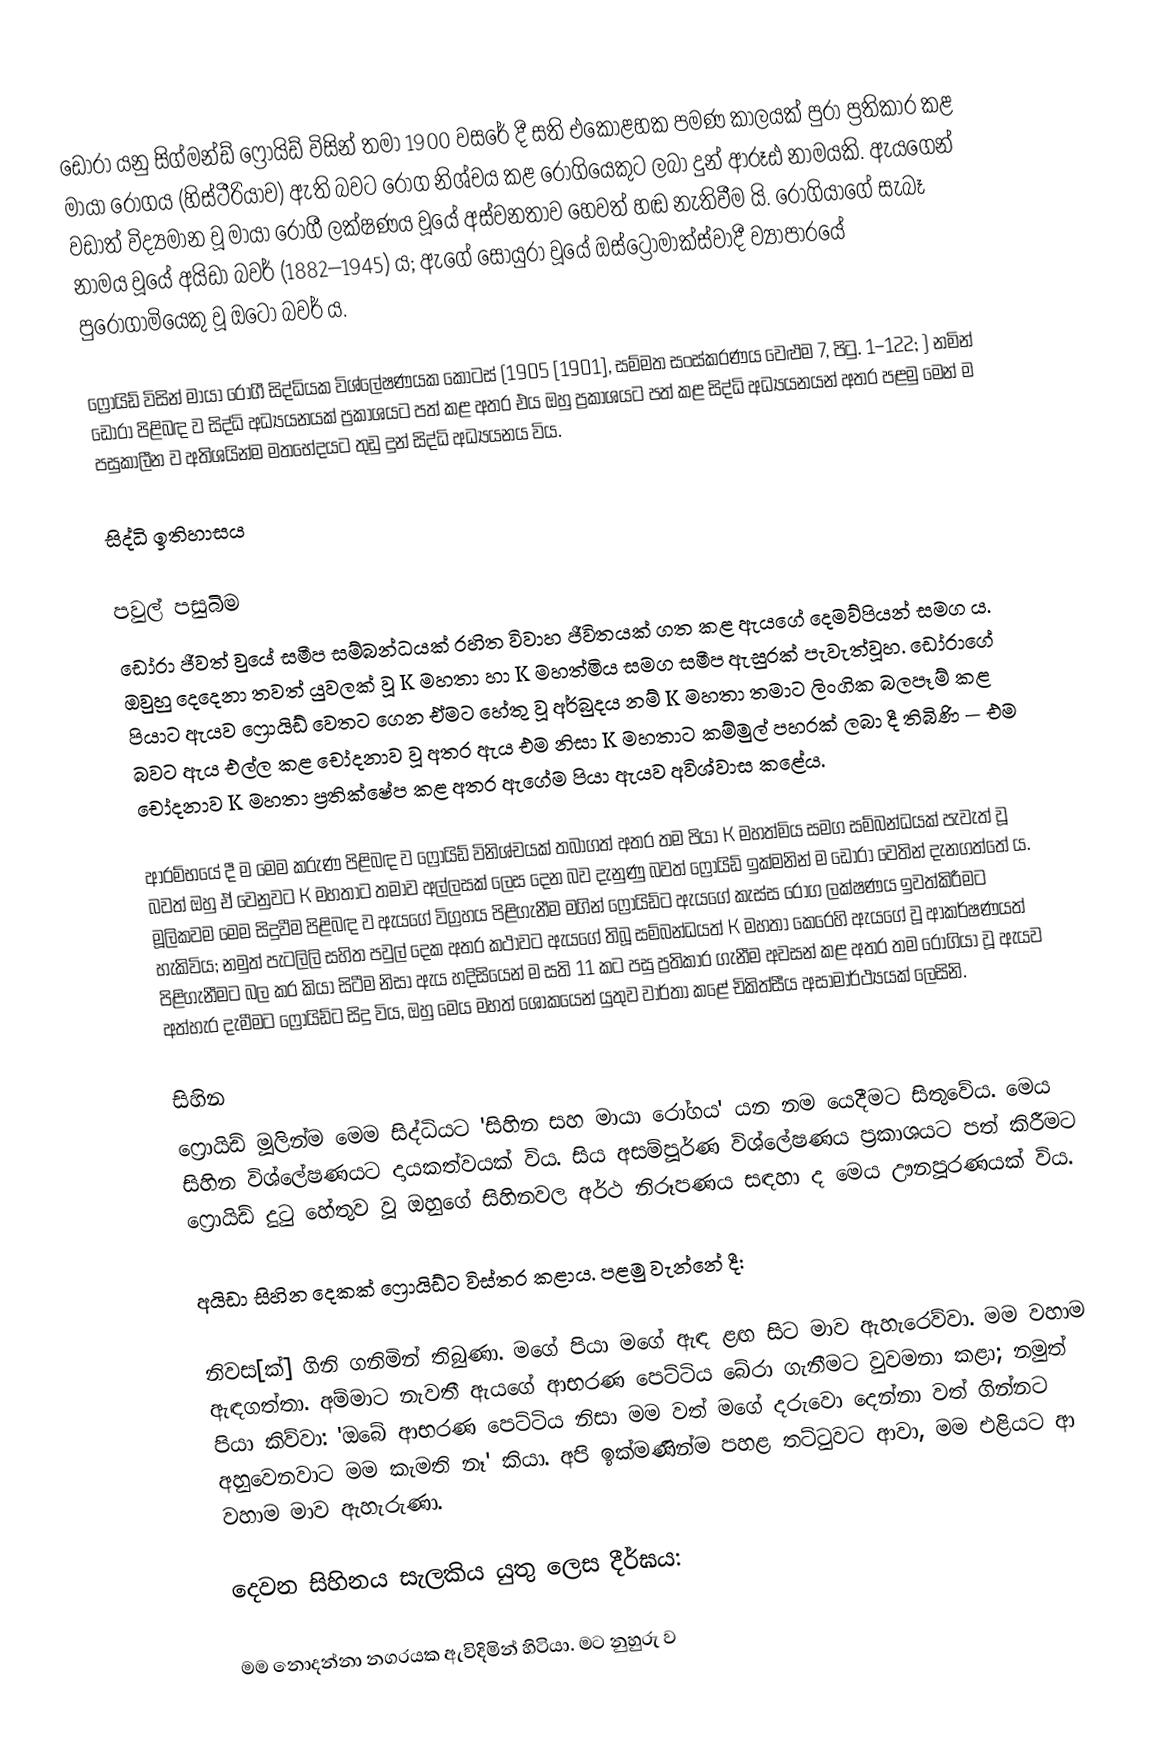
ඩෝරා යනු සිග්මන්ඩ් ෆ්‍රොයිඩ් විසින් තමා 1900 වසරේ දී සති එකොළහක පමණ කාලයක් පුරා ප්‍රතිකාර කළ මායා රෝගය (හිස්ටීරියාව) ඇති බවට රෝග නිශ්චය කළ රෝගියෙකුට ලබා දුන් ආරූඪ නාමයකි. ඇයගෙන් වඩාත් විද්‍යමාන වූ මායා රෝගී ලක්ෂණය වූයේ අස්වනතාව හෙවත් හඬ නැතිවීම යි.  රෝගියාගේ සැබෑ නාමය වූයේ අයිඩා බවර් (1882–1945) ය; ඇගේ සොයුරා වූයේ ඔස්ට්‍රොමාක්ස්වාදී ව්‍යාපාරයේ පුරෝගාමියෙකු වූ ඔටෝ බවර් ය.

ෆ්‍රොයිඩ් විසින්  මායා රෝගී සිද්ධියක විශ්ලේෂණයක කොටස් (1905 [1901], සම්මත සංස්කරණය වෙළුම 7, පිටු. 1–122; ) නමින් ඩෝරා පිළිබඳ ව සිද්ධි අධ්‍යයනයක් ප්‍රකාශයට පත් කළ අතර එය ඔහු ප්‍රකාශයට පත් කළ සිද්ධි අධ්‍යයනයන් අතර පළමු මෙන් ම පසුකාලීන ව අතිශයින්ම මතභේදයට තුඩු දුන් සිද්ධි අධ්‍යයනය විය.

සිද්ධි ඉතිහාසය

පවුල් පසුබිම
ඩෝරා ජීවත් වුයේ සමීප සම්බන්ධයක් රහිත විවාහ ජීවිතයක් ගත කළ ඇයගේ දෙමව්පියන් සමග ය. ඔවුහු දෙදෙනා තවත් යුවලක් වූ K මහතා හා K මහත්මිය සමග සමීප ඇසුරක් පැවැත්වූහ. ඩෝරාගේ පියාට ඇයව ෆ්‍රොයිඩ් වෙතට ගෙන ඒමට හේතු වූ අර්බුදය නම් K මහතා තමාට ලිංගික බලපෑම් කළ බවට ඇය එල්ල කළ චෝදනාව වූ අතර ඇය එම නිසා K මහතාට කම්මුල් පහරක් ලබා දී තිබිණි — එම චෝදනාව K මහතා ප්‍රතික්ෂේප කළ අතර ඇගේම පියා ඇයව අවිශ්වාස කළේය.

ආරම්භයේ දී ම මෙම කරුණ පිළිබඳ ව ෆ්‍රොයිඩ් විනිශ්චයක් තබාගත් අතර තම පියා K මහත්මිය සමග සම්බන්ධයක් පැවැත් වූ බවත් ඔහු ඒ වෙනුවට K මහතාට තමාව අල්ලසක් ලෙස දෙන බව දැනුණු බවත් ෆ්‍රොයිඩ් ඉක්මනින් ම ඩෝරා වෙතින් දැනගත්තේ ය. මූලිකවම මෙම සිදුවීම පිළිබඳ ව ඇයගේ විග්‍රහය පිළිගැනීම මගින් ෆ්‍රොයිඩ්ට ඇයගේ කැස්ස රෝග ලක්ෂණය ඉවත්කිරීමට හැකිවිය; නමුත් පැටලිලි සහිත පවුල් දෙක අතර කථාවට ඇයගේ තිබූ සම්බන්ධයත් K මහතා කෙරෙහි ඇයගේ වූ ආකර්ෂණයත් පිළිගැනීමට බල කර කියා සිටීම නිසා ඇය හදිසියෙන් ම සති 11 කට පසු ප්‍රතිකාර ගැනීම අවසන් කළ අතර තම රෝගියා වූ ඇයව අත්හැර දැමීමට ෆ්‍රොයිඩ්ට සිදු විය, ඔහු මෙය මහත් ශෝකයෙන් යුතුව වාර්තා කළේ චිකිත්සීය අසාමාර්ථ්‍යයක් ලෙසිනි.

සිහින
ෆ්‍රොයිඩ් මූලින්ම මෙම සිද්ධියට 'සිහින සහ මායා රෝගය' යන නම යෙදීමට සිතුවේය. මෙය සිහින විශ්ලේෂණයට දායකත්වයක් විය. සිය අසම්පූර්ණ විශ්ලේෂණය ප්‍රකාශයට පත් කිරීමට ෆ්‍රොයිඩ් දුටු හේතුව වූ ඔහුගේ සිහිනවල අර්ථ නිරූපණය සඳහා ද මෙය ඌනපූරණයක් විය.

අයිඩා සිහින දෙකක් ෆ්‍රොයිඩ්ට විස්තර කළාය. පළමු වැන්නේ දී:

නිවස[ක්] ගිනි ගනිමින් තිබුණා. මගේ පියා මගේ ඇඳ ළඟ සිට මාව ඇහැරෙව්වා. මම වහාම ඇඳගත්තා. අම්මාට නැවතී ඇයගේ ආභරණ පෙට්ටිය බේරා ගැනීමට වුවමනා කළා; නමුත් පියා කිව්වා: 'ඔබේ ආභරණ පෙට්ටිය නිසා මම වත් මගේ දරුවො දෙන්නා වත් ගින්නට අහුවෙනවාට මම කැමති නෑ' කියා. අපි ඉක්මණින්ම පහළ තට්ටුවට ආවා, මම එළියට ආ වහාම මාව ඇහැරුණා.

දෙවන සිහිනය සැලකිය යුතු ලෙස දීර්ඝය:

මම නොදන්නා නගරයක ඇවිදිමින් හිටියා. මට නුහුරු ව